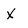
Character: x